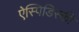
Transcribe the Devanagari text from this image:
ऐस्पिडिस्की